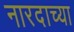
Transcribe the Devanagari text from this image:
नारदाच्या